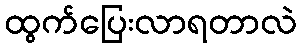
ထွက်ပြေးလာရတာလဲ